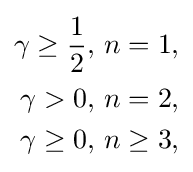
{\begin{aligned}\gamma \geq {\frac {1}{2}}&,\,n=1,\\\gamma >0&,\,n=2,\\\gamma \geq 0&,\,n\geq 3,\end{aligned}}